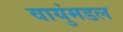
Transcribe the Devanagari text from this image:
वायुंमडल